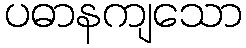
ပဓာနကျသော